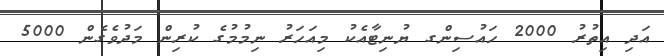
އަދި އިތުރު 2000 ހައުސިންގ ޔުނިޓާއެކު މިއަހަރު ނިމުމުގެ ކުރިން މަދުވެގެން 5000